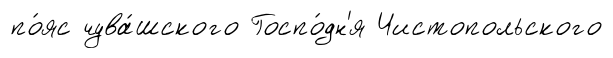
по́яс чува́шского Госпо́дн'я Чистопольского